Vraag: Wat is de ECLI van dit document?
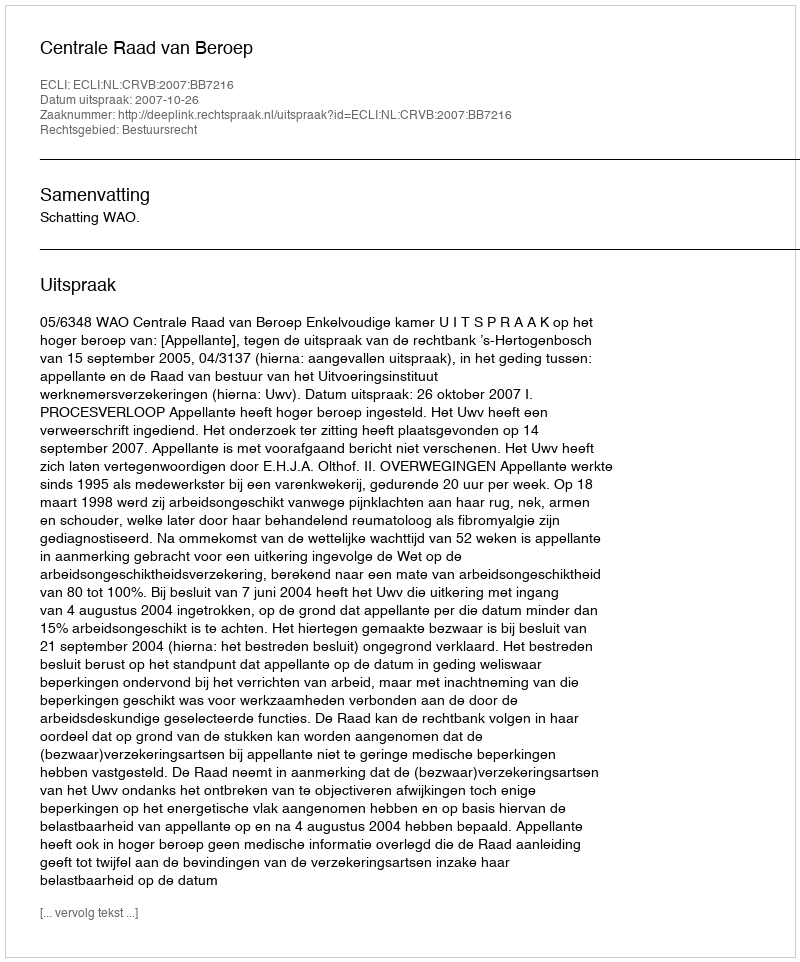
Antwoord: ECLI:NL:CRVB:2007:BB7216